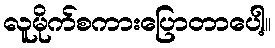
လူမိုက်စကားပြောတာပေါ့။